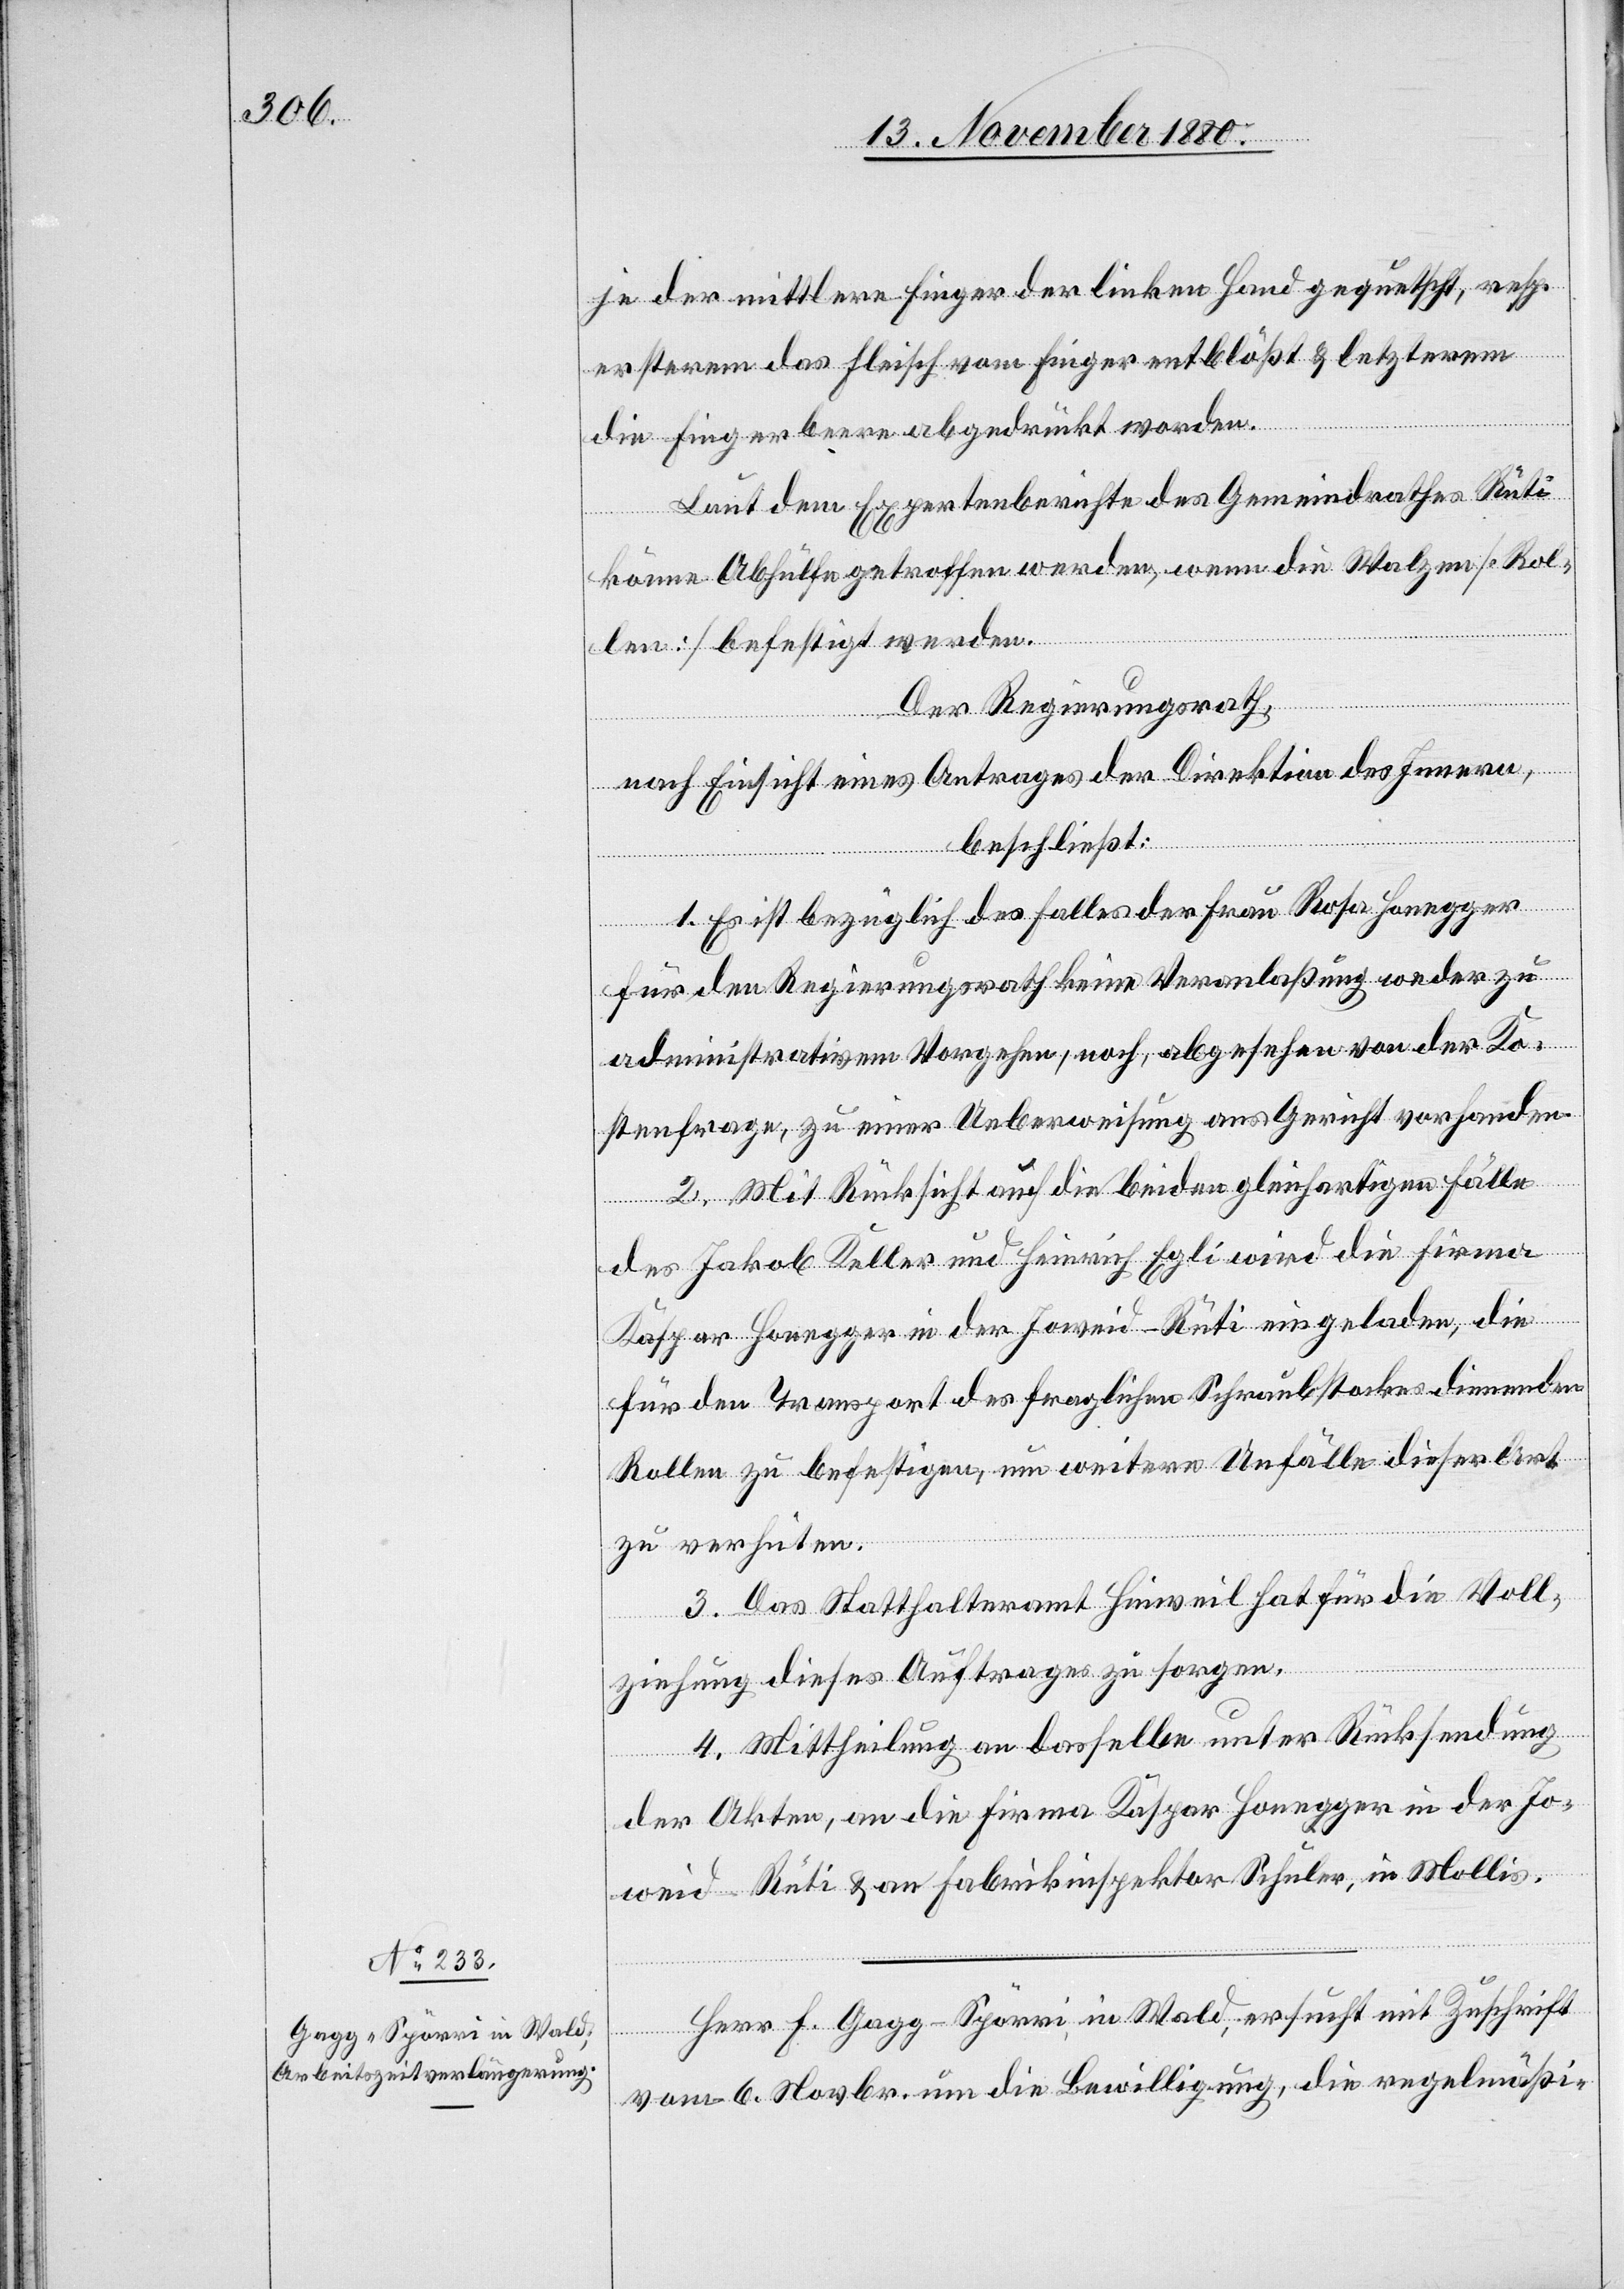
je der mittlere Finger der linken Hand gequetscht, resp.
ersterem das Fleisch vom Finger entblößt & letzterem
die Fingerbeere abgedrückt worden.
Laut dem Expertenberichte des Gemeindrathes Rüti
könne Abhülfe getroffen werden, wenn die Walzen [Rol¬
len] befestigt werden.
Der Regierungsrath,
nach Einsicht eines Antrages der Direktion des Innern,
beschließt:
1. Es ist bezüglich des Falles der Frau Rosa Honegger
für den Regierungsrath keine Veranlaßung weder zu
administrativem Vorgehen, noch abgesehen von der Ko¬
stenfrage, zu einer Ueberweisung ans Gericht vorhanden.
2. Mit Rücksicht auf die beiden gleichartigen Fälle
des Jakob Keller und Heinrich Egli wird die Firma
Kaspar Honegger in der Joweid - Rüti eingeladen, die
für den Transport des fraglichen Schraubstockes dienenden
Rollen zu befestigen, um weitere Unfälle dieser Art
zu verhüten.
3. Das Statthalteramt Hinweil hat für die Voll¬
ziehung dieses Auftrages zu sorgen.
4. Mittheilung an dasselbe unter Rücksendung
der Akten, an die Firma Kaspar Honegger in der Jo¬
weid - Rüti & an Fabrikinspektor Schuler, in Mollis.
Herr F. Gagg-Spörri, in Wald, ersucht mit Zuschrift
vom 6. Novbr. um die Bewilligung, die regelmäßi-